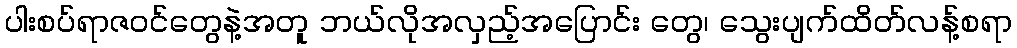
ပါးစပ်ရာဇဝင်တွေနဲ့အတူ ဘယ်လိုအလှည့်အပြောင်း တွေ၊ သွေးပျက်ထိတ်လန့်စရာ